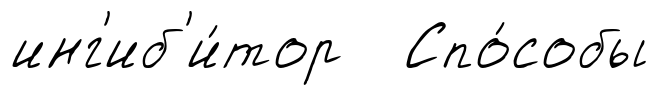
инг'иб'и́тор Спо́собы